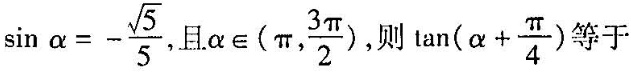
\sin \alpha =- \frac{ \sqrt{5}}{5} ，且 \alpha \in ( \pi , \frac{3 \pi }{2}) 则 \tan ( \alpha + \frac{ \pi }{4})等于